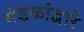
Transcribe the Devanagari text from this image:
मंडळांद्वारे